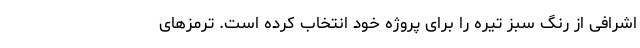
اشرافی از رنگ سبز تیره را برای پروژه خود انتخاب کرده است. ترمزهای